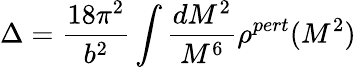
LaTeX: \Delta=\frac{18\pi^{2}}{b^{2}}\int\frac{dM^{2}}{M^{6}}\rho^{pert}(M^{2})